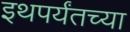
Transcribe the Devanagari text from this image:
इथपर्यंतच्या